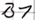
Text: B1